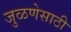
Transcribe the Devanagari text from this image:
जुळणेसाठी